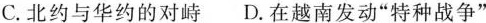
C. 北约与华约的对峙D. 在越南发动”特种战争”